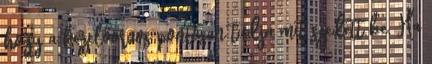
hogy a kezelőorvos pontosan tudja mit szedett be. Ha